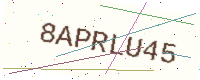
Text: 8APRLU45